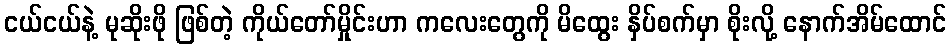
ငယ်ငယ်နဲ့ မုဆိုးဖို ဖြစ်တဲ့ ကိုယ်တော်မှိုင်းဟာ ကလေးတွေကို မိထွေး နှိပ်စက်မှာ စိုးလို့ နောက်အိမ်ထောင်